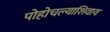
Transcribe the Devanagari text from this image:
पोहोचल्याशिवाय